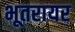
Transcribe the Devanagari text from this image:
भूतरायर